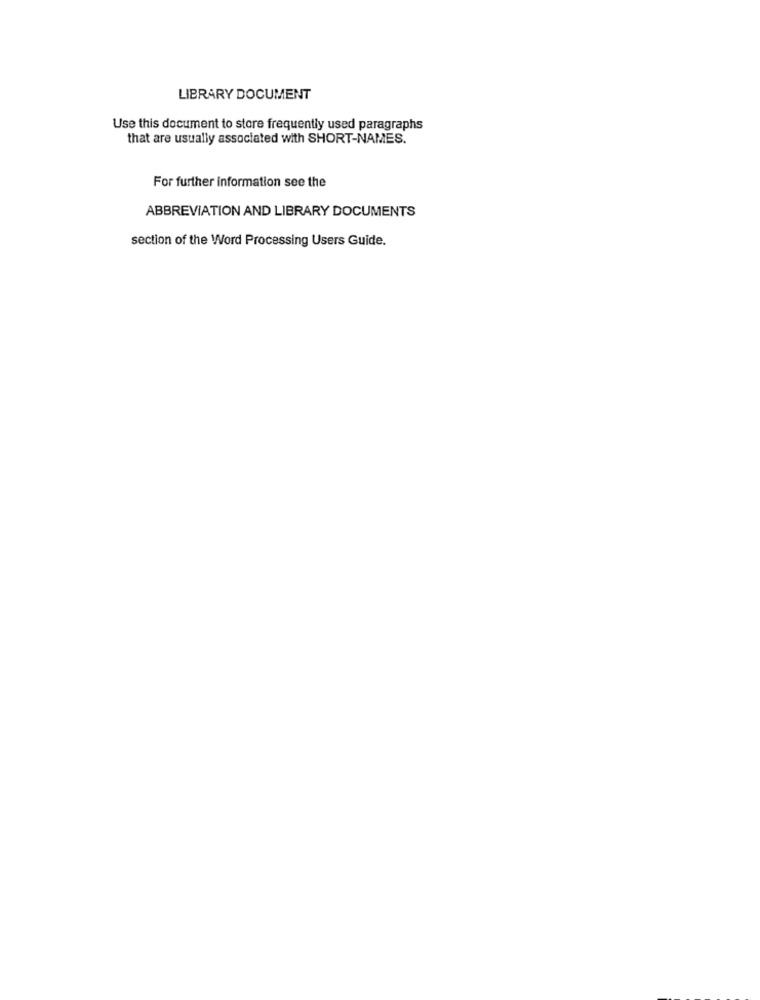
LIBRARY DOCUMENT
Use this document to store frequently used paragraphs
that are usually associated with SHORT-NAMES.
For further information see the
ABBREVIATION AND LIBRARY DOCUMENTS
section of the Word Processing Users Guide.